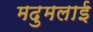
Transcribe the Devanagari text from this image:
मदुमलाई